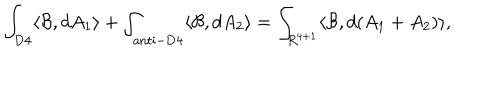
LaTeX: \int _ { \mathrm { D 4 } } \langle { \cal B } , d A _ { 1 } \rangle + \int _ { \mathrm { a n t i - D 4 } } \langle { \cal B } , d A _ { 2 } \rangle = \int _ { R ^ { 4 + 1 } } \langle { \cal B } , d ( A _ { 1 } + A _ { 2 } ) \rangle ,